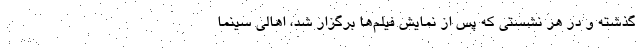
گذشته و در هر نشستی که پس از نمایش فیلم‌ها برگزار شد، اهالی سینما